Scottish Leaving Certificate Examination, 1951
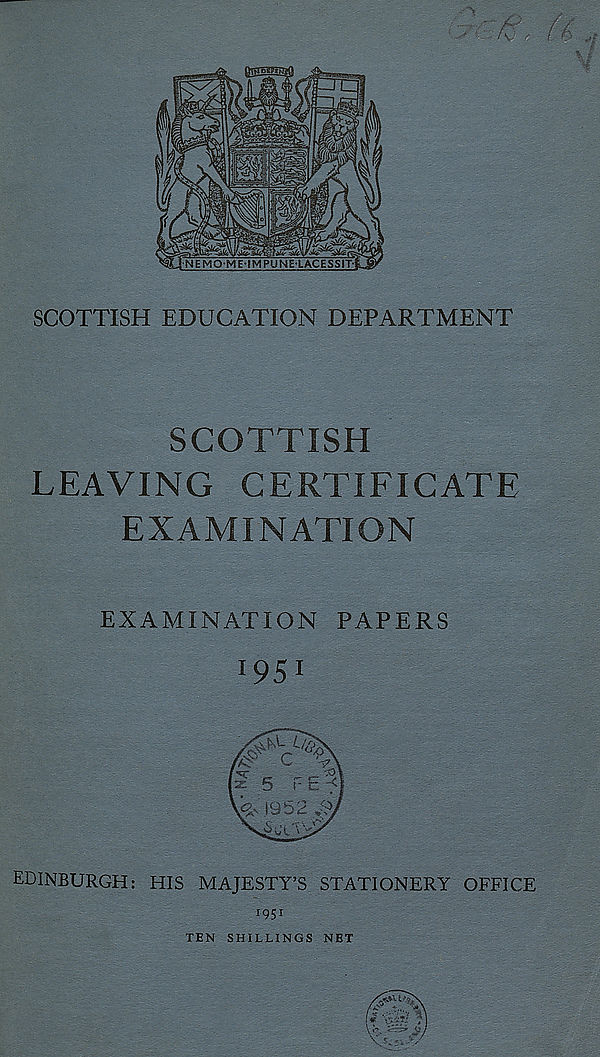
SCOTTISH EDUCATION DEPARTMENT
SCOTTISH
LEAVING CERTIFICATE
EXAMINATION
EXAMINATION PAPERS
I95 1
EDINBURGH: HIS MAJESTY’S STATIONERY OFFICE
1951
TEN SHILLINGS NET